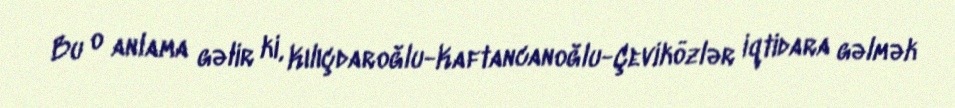
Bu o anlama gəlir ki, Kılıçdaroğlu-Kaftancanoğlu-Çeviközlər iqtidara gəlmək